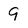
Character: 9